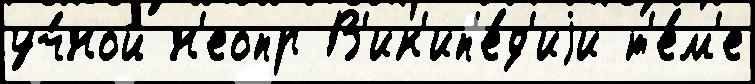
уч́ной н'еопр В'ик'ип'е́д'иjи т'е́м'е